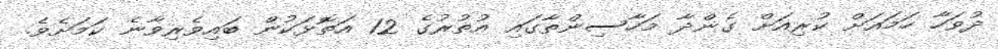
ދުވަހާ ހަމައަށް ކުރިއަށް ގެންދާ މަހާސިންތާގައި އުތުރުގެ 12 އަތޮޅަކުން ބައިވެރިވާނެ ކަމަށެވެ.